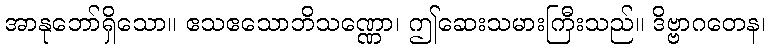
အာနုဘော်ရှိသော။ ဧသဧသောဘိသဏ္ဏော၊ ဤဆေးသမားကြီးသည်။ ဒိဗ္ဗာဂတေန၊